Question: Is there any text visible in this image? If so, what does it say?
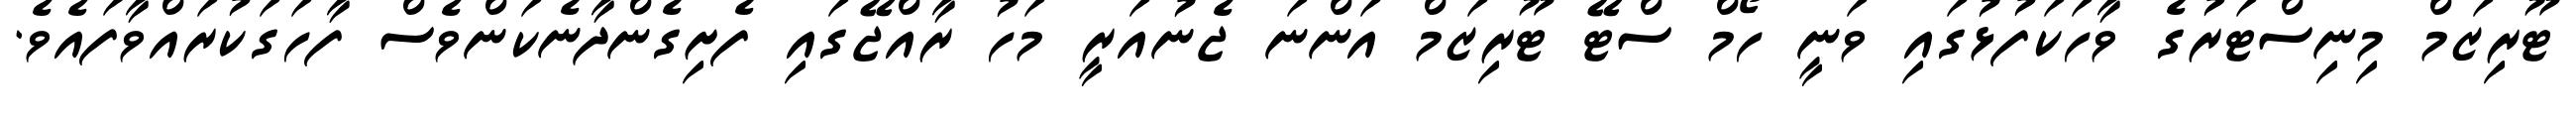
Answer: ޓޫރިޒަމް މިނިސްޓަރުގެ ވާހަކަފުޅުގައި ވަނީ ހޯމް ސްޓޭ ޓޫރިޒަމް އަންނަ ޖެނުއަރީ މަހު ރާއްޖޭގައި ފެށިގެންދާނެކަންވެސް ފާހަގަކުރައްވާފައެވެ.